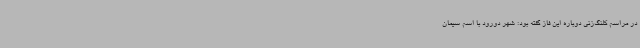
در مراسم کلنگ‌زنی دوباره این فاز گفته بود: شهر دورود با اسم سیمان